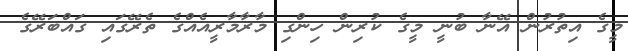
މީގެ އިތުރުން އޭނާ ބުނީ މީގެ ކުރިން ހިންގި މާރާމާރީއެއްގެ ތެރޭގައި ގައްބަރޭގެ